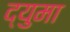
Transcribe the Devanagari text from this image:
द्युमा